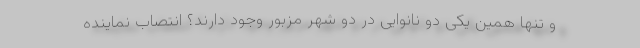
و تنها همین یکی دو نانوایی در دو شهر مزبور وجود دارند؟ انتصاب نماینده